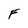
Character: F